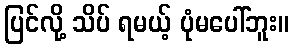
ပြင်လို့ သိပ် ရမယ့် ပုံမပေါ်ဘူး။